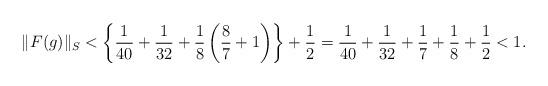
LaTeX: \begin{align*}\|F(g)\|_S < \left\{ \frac{1}{40} + \frac{1}{32}+\frac{1}{8}\left(\frac8{7} + 1\right)\right\} + \frac{1}{2} = \frac{1}{40} + \frac{1}{32} + \frac{1}{7}+\frac{1}{8}+\frac{1}{2}<1.\end{align*}